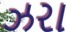
ઝરા